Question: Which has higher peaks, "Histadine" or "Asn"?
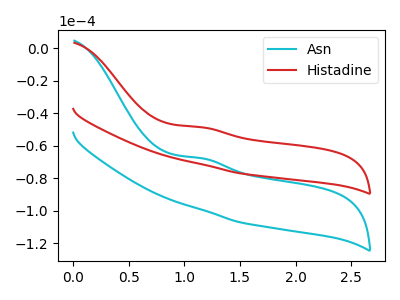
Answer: <think>The cyan curve "Asn" has an anodic peak at: (1.15V, -67.80uA). The red curve "Histadine" has an anodic peak at: (1.15V, -48.70uA).</think>
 <answer>Every peak in "Histadine" is higher than every peak in "Asn".</answer>
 <eval>higher</eval>